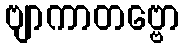
ဗျာကာတဗ္ဗော